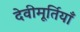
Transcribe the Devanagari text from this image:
देवीमूर्तियाँ